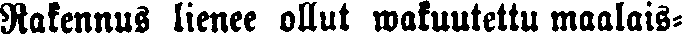
Rakennus lienee ollut wakuutettu maalais-